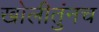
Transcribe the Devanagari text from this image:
खोलीतुंनच